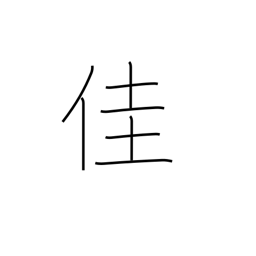
Meaning: excellent